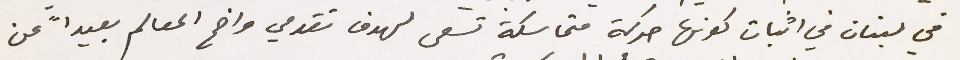
في لبنان في اثبات كونها حركة متماسكة تسعى لهدف تقدمي واضح المعالم بعيداً عن